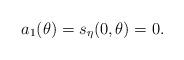
LaTeX: \begin{align*} a_1(\theta) = s_\eta(0,\theta) = 0. \end{align*}